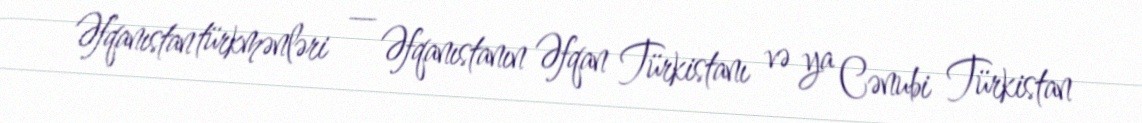
Əfqanıstan türkmənləri — Əfqanıstanın Əfqan Türkistanı və ya Cənubi Türkistan